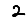
Digit: 2